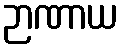
ဉာဏာယ